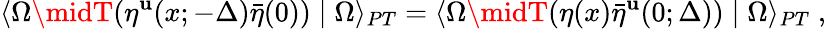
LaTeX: \langle\Omega\midT(\eta^{\mathbf{u}}(x;-\Delta){\bar{{\eta}}(0)})\mid\Omega\rangle_{PT}=\langle\Omega\midT(\eta(x){\bar{{\eta}}}^{\mathbf{u}}(0;\Delta))\mid\Omega\rangle_{PT}\; ,